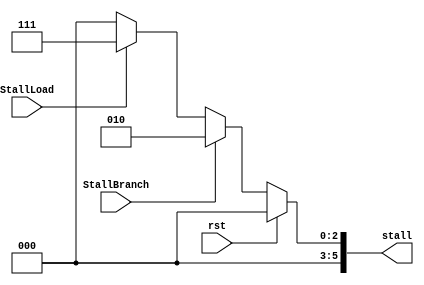
/*
 * Ask me anything: via repo/issue, or e-mail: vencifreeman16@sjtu.edu.cn.
 * School: Shanghai Jiao Tong University.

 * Description:
 * This file controls signal stall, which about suspended.

 * Details:
 * - When data adventures cannot be resolved through data forwarding, the
 *   pipeline is suspended;
 * - Collect stall request signals from each level. If a level sends a stall
 *   request, all sequential circuits in front of the level are suspended.

 * History:
 * - 19/12/27: Create this file;
 * - 19/12/28: Finished!

 * Notes:
 */

 module STALL(

	input   wire        rst,
	input   wire        StallLoad,
	input   wire        StallBranch,
	output  reg [5:0]   stall       
	
);

/*
 * This always part controls the signal stall.
 */
always @ (*) begin
    if (rst)
        stall <= 6'b0;
    else if (StallBranch)
        stall <= 6'b000010;
    else if (StallLoad)
        stall <= 6'b000111;			
    else
        stall <= 6'b0;
end		

endmodule